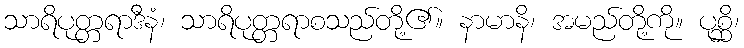
သာရိပုတ္တရာဒီနံ၊ သာရိပုတ္တရာစသည်တို့၏။ နာမာနိ၊ အမည်တို့ကို။ ပုစ္ဆိ၊